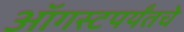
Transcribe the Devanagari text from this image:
ऑगस्टपर्यंतचे